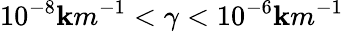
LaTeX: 10^{-8}\mathbf{k}m^{-1}<\gamma<10^{-6}\mathbf{k}m^{-1}